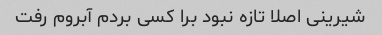
شیرینی اصلا تازه نبود برا کسی بردم آبروم رفت